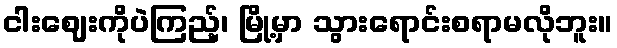
ငါးဈေးကိုပဲကြည့်၊ မြို့မှာ သွားရောင်းစရာမလိုဘူး။